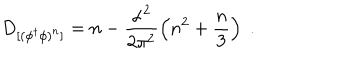
D _ { [ ( \phi ^ { \dagger } \phi ) ^ { n } ] } = n - \frac { \alpha ^ { 2 } } { 2 \pi ^ { 2 } } \left( n ^ { 2 } + \frac { n } { 3 } \right) \; .